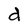
Character: d